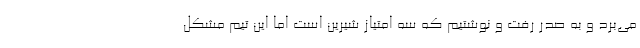
می‌برد و به صدر رفت و نوشتیم که سه امتیاز شیرین است اما این تیم مشکل